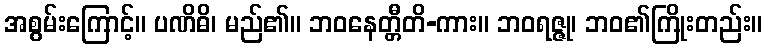
အစွမ်းကြောင့်။ ပဏိဓိ၊ မည်၏။ ဘဝနေတ္တီတိ-ကား။ ဘဝရဇ္ဇု၊ ဘဝ၏ကြိုးတည်း။